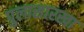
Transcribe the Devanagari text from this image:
पुलासारखा